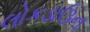
લોકડાઉન